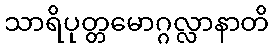
သာရိပုတ္တမောဂ္ဂလ္လာနာတိ